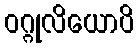
ဝဂ္ဂုလိယောပိ